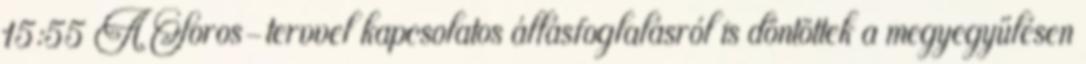
15:55 A Soros-tervvel kapcsolatos állásfoglalásról is döntöttek a megyegyűlésen